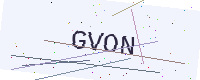
Text: GVON